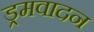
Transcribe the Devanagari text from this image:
ड्रमवादन